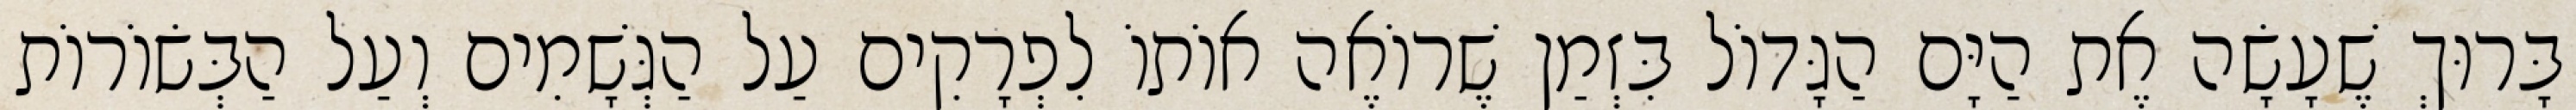
בָּרוּךְ שֶׁעָשָׂה אֶת הַיָּם הַגָּדוֹל בִּזְמַן שֶׁרוֹאֶה אוֹתוֹ לִפְרָקִים עַל הַגְּשָׁמִים וְעַל הַבְּשׂוֹרוֹת